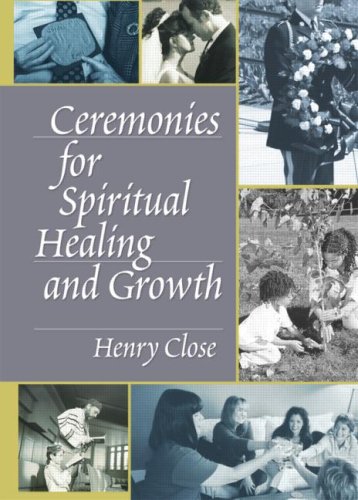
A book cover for Ceremonies for Spiritual Healing and Growth; Henry Close; Religion & Spirituality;